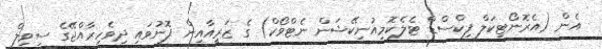
އެން (އެރޮނޯޓިކަލް ފިކްސްޑް ޓެލެކޮމިއުނިކޭޝަން ނެޓްވޯކް) ގެ ޒަރީއާއިން ފޮނުވައި ދިވެހިރާއްޖޭގެ ސިވިލް